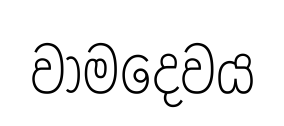
වාමදෙවය